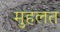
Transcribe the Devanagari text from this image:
मुहलत